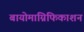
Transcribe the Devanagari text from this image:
बायोमाग्निफिकाशन